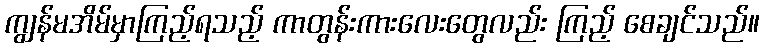
ကျွန်မအိမ်မှာကြည့်ရသည့် ကာတွန်းကားလေးတွေလည်း ကြည့် စေချင်သည်။